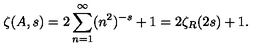
\zeta ( A , s ) = 2 \sum _ { n = 1 } ^ { \infty } ( n ^ { 2 } ) ^ { - s } + 1 = 2 \zeta _ { R } ( 2 s ) + 1 .